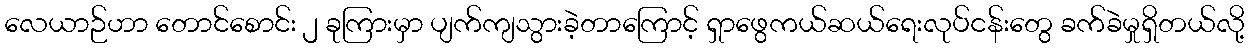
လေယာဉ်ဟာ တောင်စောင်း ၂ ခုကြားမှာ ပျက်ကျသွားခဲ့တာကြောင့် ရှာဖွေကယ်ဆယ်ရေးလုပ်ငန်းတွေ ခက်ခဲမှုရှိတယ်လို့